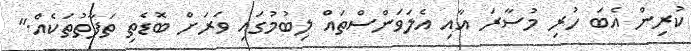
ކުރިން އެބަ ހުރި މުސާރަ އާއި އެލަވަންސްތައް ލިބުމުގައި ވަރަށް ބޮޑެތި ތަފާތުތަކެއް."